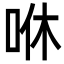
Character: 咻